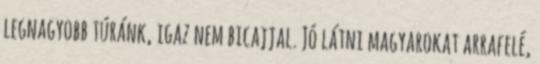
legnagyobb túránk, igaz nem bicajjal. Jó látni magyarokat arrafelé,